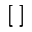
[ \; ]